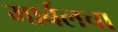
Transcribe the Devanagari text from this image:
मार्बलचा